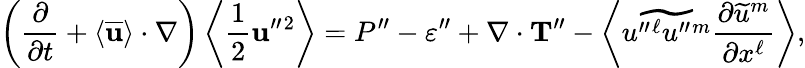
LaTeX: \left({\frac{\partial}{\partial t}+\langle{\overline{{\mathbf{u}}}}\rangle\cdot\nabla}\right)\left\langle{\frac{1}{2}{\mathbf{u}}^{\prime\prime}{}^{2}}\right\rangle=P^{\prime\prime}-\varepsilon^{\prime\prime}+\nabla\cdot{\mathbf{T}}^{\prime\prime}-\left\langle{\widetilde{u^{\prime\prime}{}^{\ell}u^{\prime\prime}{}^{m}}\frac{\partial\widetilde{u}^{m}}{\partial x^{\ell}}}\right\rangle,